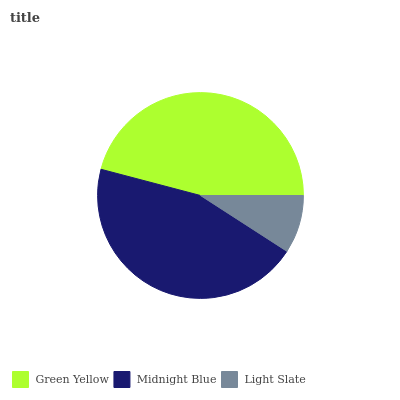
| Green Yellow | Midnight Blue | Light Slate |
 | --- | --- | --- |
 | 45.8% | 45% | 9.12% |